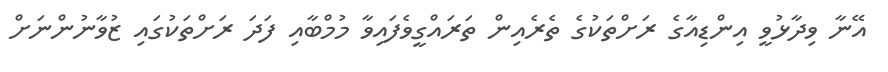
އޭނާ ވިދާޅުވީ އިންޑިއާގެ ރަށްތަކުގެ ތެރެއިން ތަރައްގީވެފައިވާ މުމްބާއި ފަދަ ރަށްތަކުގައި ޒުވާނުންނަށް